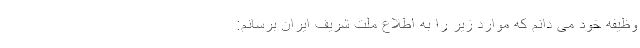
وظیفه خود می دانم که موارد زیر را به اطلاع ملت شریف ایران برسانم: